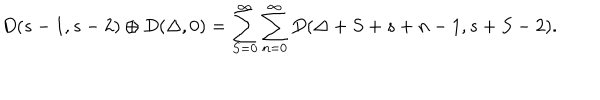
LaTeX: D ( s - 1 , s - 2 ) \oplus D ( \Delta , 0 ) = \sum _ { S = 0 } ^ { \infty } \sum _ { n = 0 } ^ { \infty } D ( \Delta + S + s + n - 1 , s + S - 2 ) .